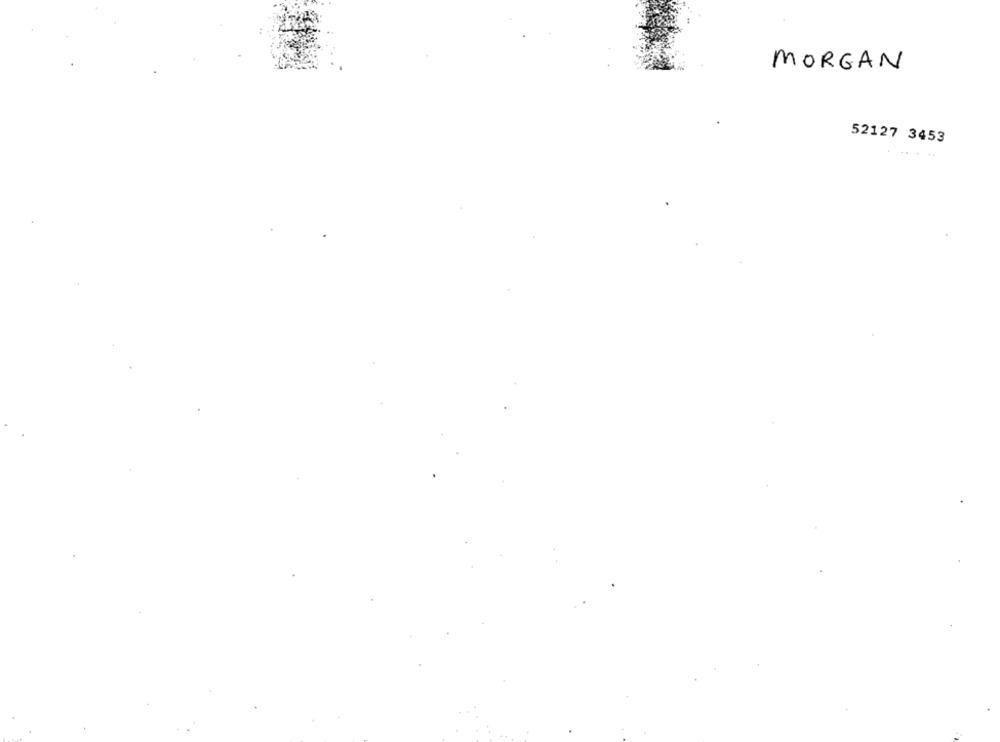
MORGAN
52127 3453
.... .